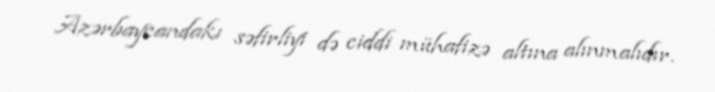
Azərbaycandakı səfirliyi də ciddi mühafizə altına alınmalıdır.